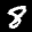
Label: 8